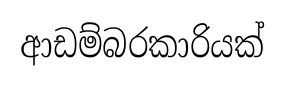
ආඩම්බරකාරියක්